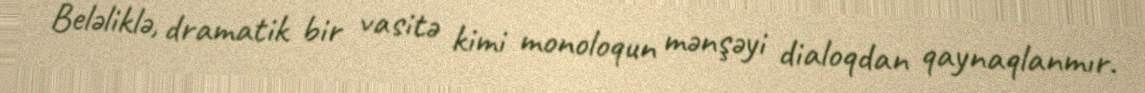
Beləliklə, dramatik bir vasitə kimi monoloqun mənşəyi dialoqdan qaynaqlanmır.